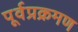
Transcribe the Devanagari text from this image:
पूर्वप्रक्रमण